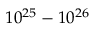
1 0 ^ { 2 5 } - 1 0 ^ { 2 6 }